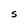
Character: s